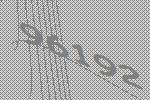
96192